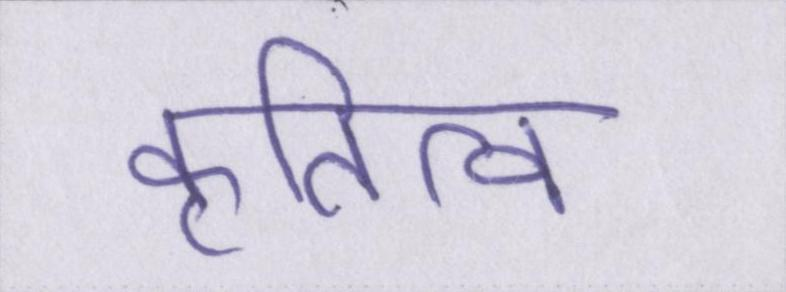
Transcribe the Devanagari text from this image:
कृतित्व